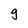
Character: g